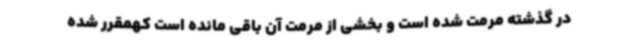
در گذشته مرمت شده است و بخشی از مرمت آن باقی مانده است کهمقرر شده